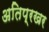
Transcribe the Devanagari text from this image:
अतिप्रखर